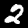
Digit: 2